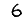
Digit: 6